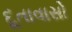
દૂતાવાસો